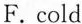
F.cold